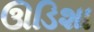
ઊડિશા